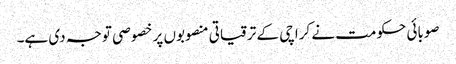
صوبائی حکومت نے کراچی کے ترقیاتی منصوبوں پر خصو صی توجہ دی ہے۔